Plague in India, 1896, 1897 - Volume 3
Year: 1896
Disease focus: Plague
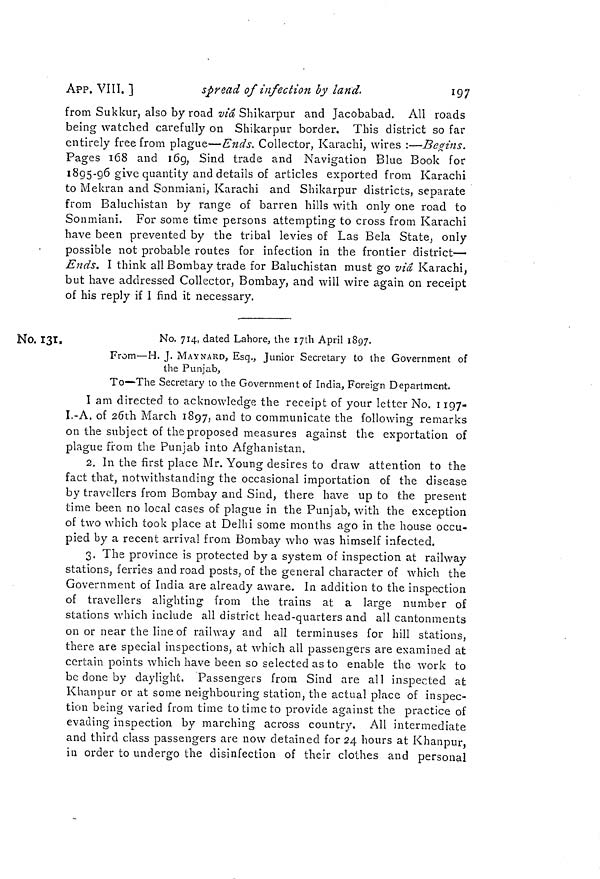
197
APP. VIII. ]
spread of infection by land.
from Sukkur, also by road vi Shikarpur and Jacobabad. All roads
being watched carefully on Shikarpur border. This district so far
entirely free from plague—Ends. Collector, Karachi, wires :—Begins.
Pages 168 and 169, Sind trade and Navigation Blue Book for
1895-96 give quantity and details of articles exported from Karachi
to Mekran and Sonmiani, Karachi and Shikarpur districts, separate
from Baluchistan by range of barren hills with only one road to
Sonmiani. For some time persons attempting to cross from Karachi
have been prevented by the tribal levies of Las Bela State, only
possible not probable routes for infection in the frontier district—
Ends. I think all Bombay trade for Baluchistan must go vi Karachi,
but have addressed Collector, Bombay, and will wire again on receipt
of his reply if I find it necessary.
Ho. 131.
No. 714, dated Lahore, the 17th April 1897.
From—H. J. MAYNARD, Esq., Junior Secretary to the Government of
the Punjab,
To—The Secretary to the Government of India, Foreign Department.
I am directed to acknowledge the receipt of your letter No. 1197-
I.-A. of 26th March 1897, and to communicate the following remarks
on the subject of the proposed measures against the exportation of
plague from the Punjab into Afghanistan.
2. In the first place Mr. Young desires to draw attention to the
fact that, notwithstanding the occasional importation of the disease
by travellers from Bombay and Sind, there have up to the present
time been no local cases of plague in the Punjab, with the exception
of two which took place at Delhi some months ago in the house occu-
pied by a recent arrival from Bombay who was himself infected.
3. The province is protected by a system of inspection at railway
stations, ferries and road posts, of the general character of which the
Government of India are already aware. In addition to the inspection
of travellers alighting from the trains at a large number of
stations which include all district head-quarters and all cantonments
on or near the line of railway and all terminuses for hill stations,
there are special inspections, at which all passengers are examined at
certain points which have been so selected as to enable the work to
be done by daylight. Passengers from Sind are all inspected at
Khanpur or at some neighbouring station, the actual place of inspec-
tion being varied from time to time to provide against the practice of
evading inspection by marching across country. All intermediate
and third class passengers are now detained for 24 hours at Khanpur,
in order to undergo the disinfection of their clothes and personal